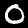
Label: 0